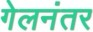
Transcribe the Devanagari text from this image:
गेलनंतर